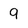
Character: 9